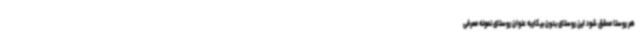
هر روستا محقق شود این روستای بدون بیکاربه عنوان روستای نمونه معرفی